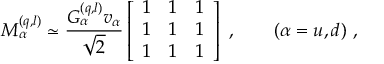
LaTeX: M _ { \alpha } ^ { ( q , l ) } \simeq \frac { G _ { \alpha } ^ { ( q , l ) } v _ { \alpha } } { \sqrt { 2 } } \left[ \begin{array} { c c c } { { 1 } } & { { 1 } } & { { 1 } } \\ { { 1 } } & { { 1 } } & { { 1 } } \\ { { 1 } } & { { 1 } } & { { 1 } } \end{array} \right] \ , \qquad ( \alpha = u , d ) \ ,